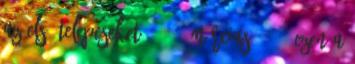
az első telepeseket. 1699. március 21. – Ezen a